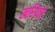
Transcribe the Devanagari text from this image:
खरिपाचे